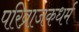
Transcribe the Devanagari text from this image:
परिव्राजकधर्म